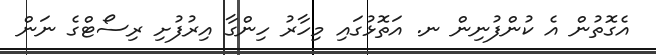
އެގޮތުން އެ ކުންފުނިން ނ. އަތޮޅުގައި މިހާރު ހިންގާ އިރުފުށި ރިސޯޓްގެ ނަން